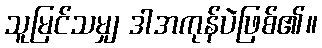
သူမြင်သမျှ ဒါအကုန်ပဲဖြစ်၏။